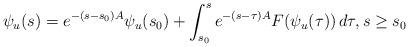
LaTeX: \begin{align*} \psi_{u}(s)=e^{-(s-s_{0})A}\psi_{u}(s_{0})+\int_{s_{0}}^{s}e^{-(s-\tau)A}F(\psi_{u}(\tau))\,d\tau,s\ge s_{0} \end{align*}